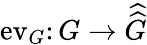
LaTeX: \operatorname{ev}_{G}\colon G\to{\widehat{\widehat{G}}}